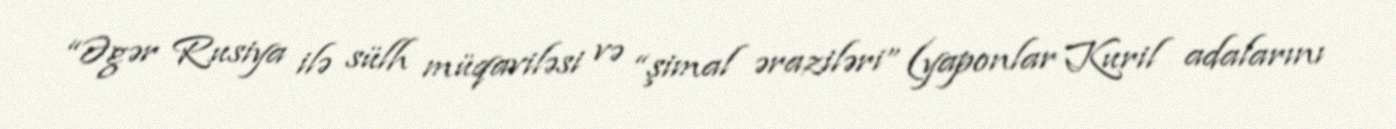
“Əgər Rusiya ilə sülh müqaviləsi və “şimal əraziləri” (yaponlar Kuril adalarını